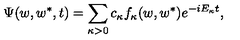
\Psi ( w , w ^ { \ast } , t ) = \sum _ { \kappa > 0 } ^ { } c _ { \kappa } f _ { \kappa } ( w , w ^ { \ast } ) e ^ { - i E _ { \kappa } t } ,